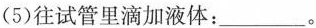
(5)往试管里滴加液体：___。